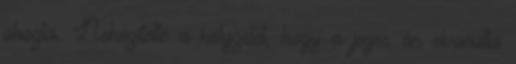
okozta. Nehezítette a helyzetet, hogy a jeges ár elvonulta